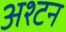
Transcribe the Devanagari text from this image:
अश्टन